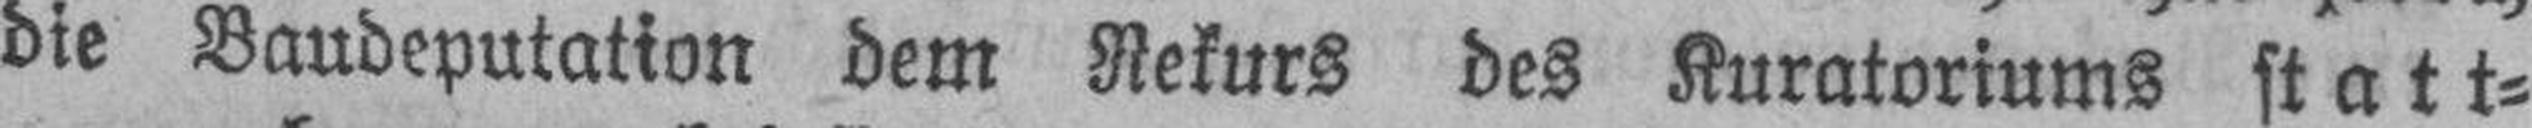
die Baudeputation dem Rekurs des Kuratoriums statt¬